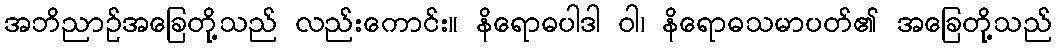
အဘိညာဉ်အခြေတို့သည် လည်းကောင်း။ နိရောဓပါဒါ ဝါ၊ နိရောဓသမာပတ်၏ အခြေတို့သည်